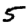
Digit: 5